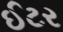
ઈટર